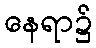
နေရာ၌